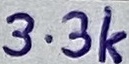
Text: 3.3k